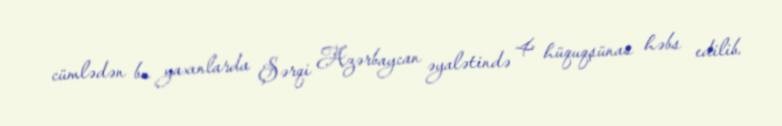
cümlədən bu yaxınlarda Şərqi Azərbaycan əyalətində 4 hüquqşünas həbs edilib.